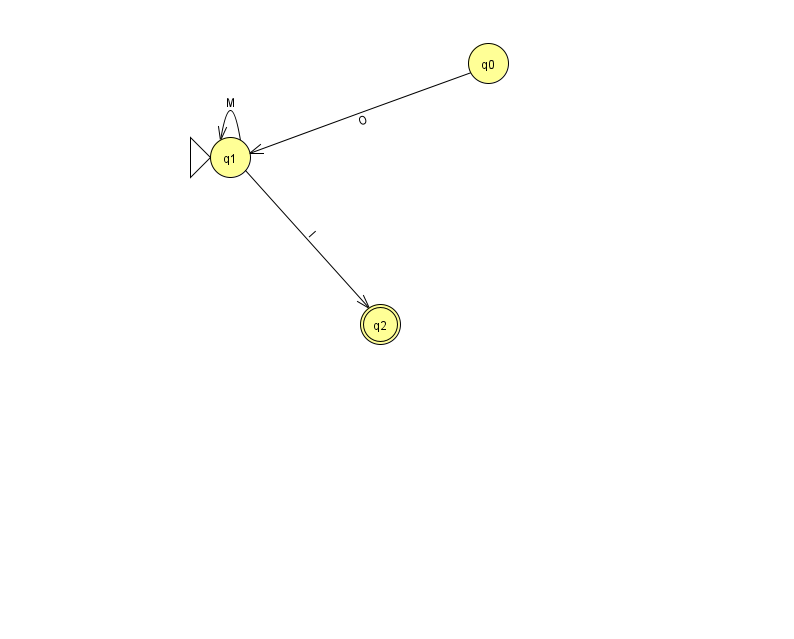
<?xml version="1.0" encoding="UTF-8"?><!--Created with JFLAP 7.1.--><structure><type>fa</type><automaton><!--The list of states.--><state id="0" name="q0"><x>488.0</x><y>50.0</y></state><state id="1" name="q1"><x>230.0</x><y>144.0</y><initial/></state><state id="2" name="q2"><x>380.0</x><y>311.0</y><final/></state><!--The list of transitions.--><transition><from>0</from><to>1</to><read>O</read></transition><transition><from>1</from><to>2</to><read>I</read></transition><transition><from>1</from><to>1</to><read>M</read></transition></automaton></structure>